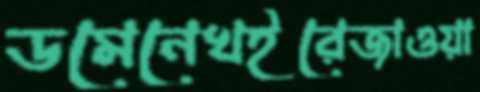
ডমেনেখইরেজাওয়া